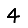
Digit: 4